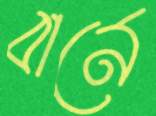
বার্নে